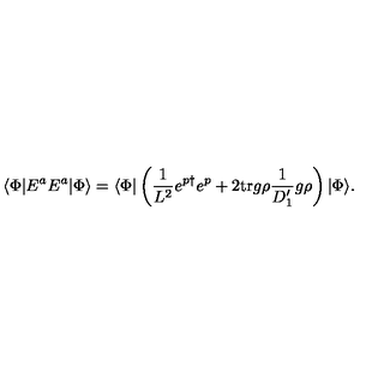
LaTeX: \langle \Phi | E ^ { a } E ^ { a } | \Phi \rangle = \langle \Phi | \left( \frac { 1 } { L ^ { 2 } } e ^ { p \dagger } e ^ { p } + 2 \mathrm { t r } g \rho \frac { 1 } { D _ { 1 } ^ { \prime } } g \rho \right) | \Phi \rangle .